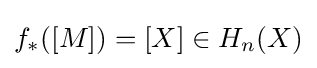
f_{*}([M])=[X]\in H_{n}(X)